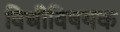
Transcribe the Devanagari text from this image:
विधीविषयक